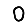
Digit: 0